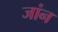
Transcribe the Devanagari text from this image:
जांन